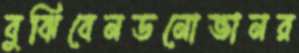
বুঝিবেনডনোভানর